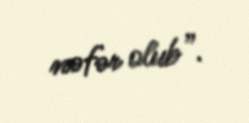
nəfər olub”.